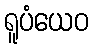
ရူပံယေဝ